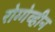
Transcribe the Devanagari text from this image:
रोग्गेव्हीन